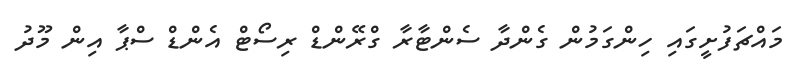
މައްޗަފުށީގައި ހިންގަމުން ގެންދާ ސެންޓާރާ ގްރޭންޑް ރިސޯޓް އެންޑް ސްޕާ އިން މޫދު